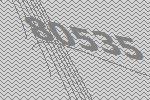
80535